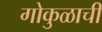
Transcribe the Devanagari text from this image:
गोकुळाची